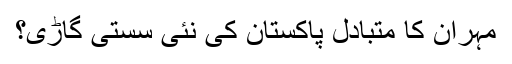
مہران کا متبادل پاکستان کی نئی سستی گاڑی؟